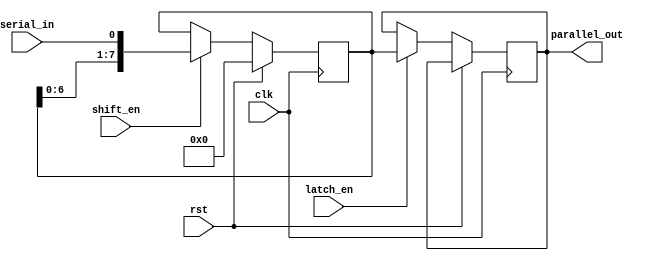
module serial_parallel_register (
  input clk,      // Clock input
  input rst,      // Reset input
  input serial_in, // Serial data input
  input shift_en,  // Shift enable
  input latch_en,  // Latch enable
  output reg [7:0] parallel_out // Parallel output data
);

reg [7:0] data_reg; // Data register

always @(posedge clk) begin
  if (rst) begin
    data_reg <= 8'b0;
  end else begin
    if (shift_en) begin
      data_reg <= {data_reg[6:0], serial_in};
    end
    if (latch_en) begin
      parallel_out <= data_reg;
    end
  end
end

endmodule